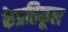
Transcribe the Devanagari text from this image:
केप्रतिकूल